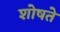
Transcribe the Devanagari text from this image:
शोषते